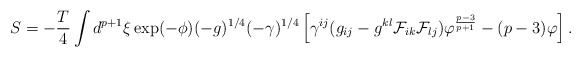
\begin{align*}S= -{T \over 4} \int d^{p+1} \xi \exp(-\phi) (-g)^{1/4} (-\gamma)^{1/4} \left[ \gamma^{ij}(g_{ij} - g^{kl}{\cal F}_{ik} {\cal F}_{lj})\varphi^{p-3 \over p+1} - (p-3) \varphi \right].\end{align*}